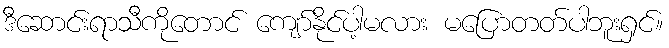
ဒီဆောင်းရာသီကိုတောင် ကျော်နိုင်ပါ့မလား မပြောတတ်ပါဘူးရှင်။